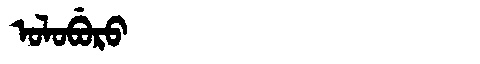
Manchu: ᠣᠯᠣᠪᡠᡵᠣ
Romanization: OLOBURO